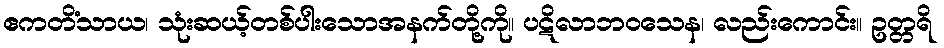
ဧကတိံသာယ၊ သုံးဆယ့်တစ်ပါးသောအနက်တို့ကို။ ပဋိလာဘဝသေန၊ လည်းကောင်း။ ဥတ္တရိ